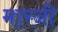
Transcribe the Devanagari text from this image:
मारनी